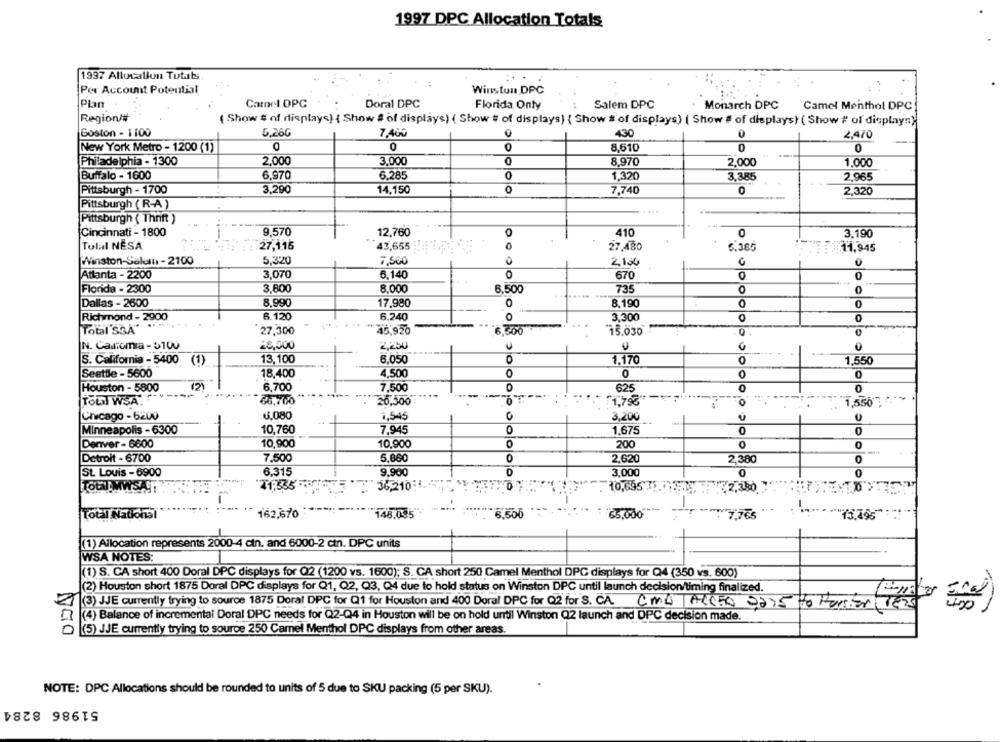
1997 DPC Allocation Totals
1997 Allocallun Tutats.
Per Account Potential
Winston DPC
Plan
Carmel OPC
Doral DPC
Salem DPC
Monarch DPC
Florida Only
Camel Menthol DPC
Region/#
( Show # of displays) { Show # of displays) ( Show # of displays) { Show # of displays) ( Show # of displays) ( Show # of displayn).
Boston - 1 100
5.260
7,400
0
430
2,470
New York Metro - 1200 (1)
0
8,610
0
Philadelphia - 1300
2,000
3,000
0
8.970
2.000
1.000
Buffalo - 1600
6,970
6.285
0
1.320
3.385
2.965
Pittsburgh - 1700
3.290
14,150
7,740
0
2.320
Pittsburgh (R-A)
Pittsburgh ( Thrift )
Cincinnati - 1800
9,570
12,760
0
410
0
3.190
0
Total NESA
27,115
43,655
27,480
5.385
11,945
Winston-Saluti - 2100
5,320
7,500
2124
0
Atlanta - 2200
3,070
5,140
O
670
Florida - 2300
3,800
8.000
6.500
735
0
Dallas - 2600
8,990
17,980
8.190
0
Richmond - 2900
6.120
6.240
3,300
0
Total'SSA" " **
27,300
45,920
6.300
"15.030
N. Cautoma - $100
28,000
2,250
G
0
S. California - 5400 (1)
13,100
6.050
1.170
1,550
Seattle - 5600
18,400
4.500
0
0
0
0
12
Houston - 5800
6.700
7,500
0
625
0
TOUT WSA.
68,700
26,500
F1,79€
1,550℃
Chicago - 6200
6.080
1,545
3,200
Minneapolis - 6300
10,760
7.945
0
1.675
0
0
Denver - 6600
10.900
10,900
0
200
0
O
Detroit - 6700
7,500
5,860
0
2,620
2,380
St. Louis - 6900
6.315
9.900
0
3.000
0
TOUT:MWSAST
71,335-
36,210:1.
10,695 31
₹2,350
-
Total National
162.670
148.085"
65,000
"1.765
(1) Allocation represents 2000-4 ctn. and 6000-2 ctn. DPC units
WSA NOTES:
(1) S. CA short 400 Doral DPC displays for Q2 (1200 vs. 1600); S. CA short 250 Camel Menthol DPC displays for Q4 (350 vs. 600)
(2) Houston short 1875 Doral DPC displays for Q1, Q2, Q3, Q4 due to hold status on Winston DPC until launch decision/timing finalized.
(3) JUE currently trying to source 1875 Doral DPC for Q1 for Houston and 400 Doral DPC for Q2 for S. CA. CMD ACCED 9275 to Parser Tés 35
(4) Balance of incremental Doral DPC needs for Q2-Q4 in Houston will be on hold until Winston Q2 launch and DPC decision made.
(5) JJE currently trying to source 250 Camel Menthol DPC displays from other areas.
NGO
NOTE: DPC Allocations should be rounded to units of 5 due to SKU packing (5 per SKU).
51986 8284